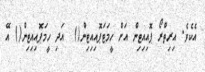
އެކެވެ. އިރިތްރޯ ޕޮއިއިޓިން އަށް ހީމަޓަޕޮއިއިޓިން()  އަދި ހީމަޕޮއިއިޓިން() އޭ